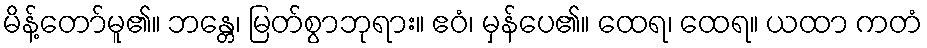
မိန့်တော်မူ၏။ ဘန္တေ၊ မြတ်စွာဘုရား။ ဧဝံ၊ မှန်ပေ၏။ ထေရ၊ ထေရ။ ယထာ ကတံ